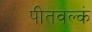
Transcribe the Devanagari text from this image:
पीतवल्कं